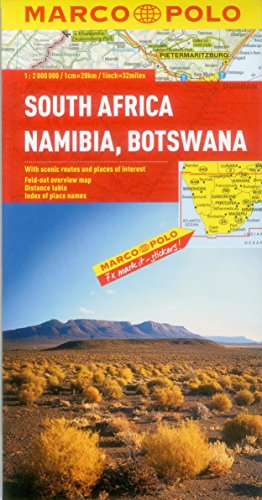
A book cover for South Africa, Namibia, Botswana (Marco Polo Maps); Marco Polo Travel; Travel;